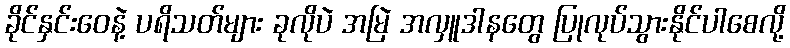
ခိုင်နှင်းဝေနဲ့ ပရိသတ်များ ခုလိုပဲ အမြဲ အလှူဒါနတွေ ပြုလုပ်သွားနိုင်ပါစေလို့